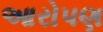
આરોપણ